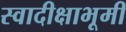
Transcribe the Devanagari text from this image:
स्वादीक्षाभूमी